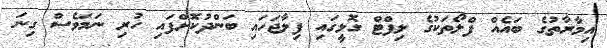
އިމާރާތުގެ ބައެއް ފްލޯތަކުގެ ލިފްޓް ގޮޅީގައި ފިލާޖަހައި ބަންދުކޮށްފައި ހުރި ނަމަވެސް ގިނަ